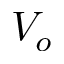
V _ { o }